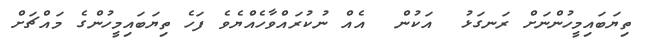
ތިޔަބައިމީހުންނަށް ރަނގަޅު  އަކުން  އެއް ނުކުރައްވާހެއްޔެވެ ފަހެ ތިޔަބައިމީހުންގެ މައްޗަށް